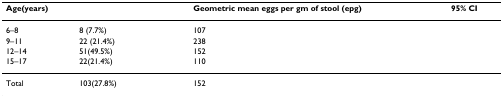
<table><thead><tr><td><b>Age(years)</b></td><td>[EMPTY_CELL]</td><td><b>Geometric mean eggs per gm of stool (epg)</b></td><td><b>95% CI</b></td></tr></thead><tbody><tr><td>6–8</td><td>8 (7.7%)</td><td>107</td><td>[EMPTY_CELL]</td></tr><tr><td>9–11</td><td>22 (21.4%)</td><td>238</td><td>[EMPTY_CELL]</td></tr><tr><td>12–14</td><td>51(49.5%)</td><td>152</td><td>[EMPTY_CELL]</td></tr><tr><td>15–17</td><td>22(21.4%)</td><td>110</td><td>[EMPTY_CELL]</td></tr><tr><td>Total</td><td>103(27.8%)</td><td>152</td><td>[EMPTY_CELL]</td></tr></tbody></table>